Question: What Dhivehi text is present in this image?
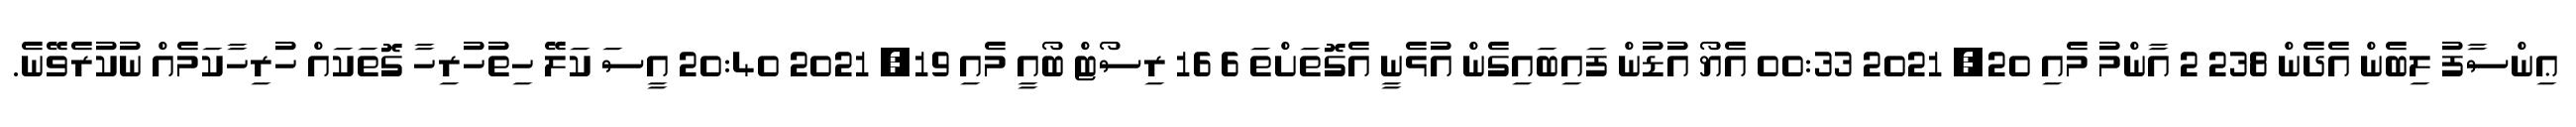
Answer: ޢިންސާފު ލިބެން އެދެން 238 2 އާންމު މެއި 20, 2021 00:33 އެޔޯ އުޑުން ފައިބައިގެން އުޅެނީ އެގޮތަށްތަ 6 16 ރިސޯޓް ބޯއީ މެއި 19, 2021 20:40 އީސަ ކަލޭ ހިތުހުރިހާ ގޮތަކައް ހުރިހާކަމެއް ނުކުރެވޭނެ.